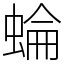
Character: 蜦